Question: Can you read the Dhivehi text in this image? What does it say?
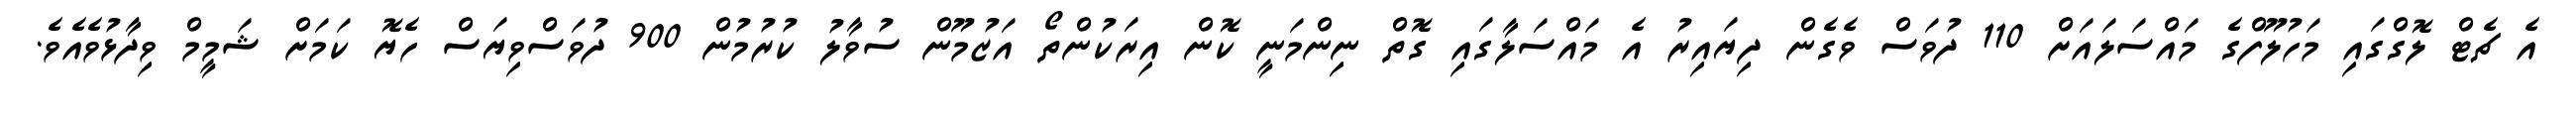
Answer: އެ ޗެޓް ލޮގްގައި މަހުލޫފްގެ މައްސަލައަށް 110 ދުވަސް ވެގެން ދިޔައިރު އެ މައްސަލާގައި ގޮތް ނިންމަނީ ކޮން އިރަކުންތޯ އަޒުމޫން ސުވާލު ކުރުމުން 900 ދުވަސްވިޔަސް ހެޔޮ ކަމަށް ޝަމީމް ވިދާޅުވެއެވެ.